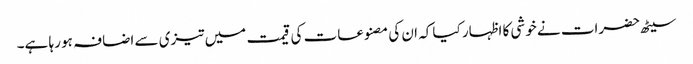
سیٹھ حضرات نے خوشی کا اظہار کیا کہ ان کی مصنوعات کی قیمت میں تیزی سے اضافہ ہو رہا ہے۔